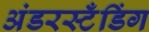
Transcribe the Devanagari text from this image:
अंडरस्टँडिंग